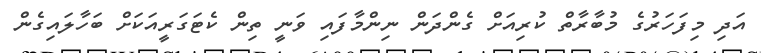
އަދި މިފަހަރުގެ މުބާރާތް ކުރިއަށް ގެންދަން ނިންމާފައި ވަނީ ތިން ކެޓަގަރީއަކަށް ބަހާލައިގެން